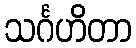
သင်္ဂဟိတာ